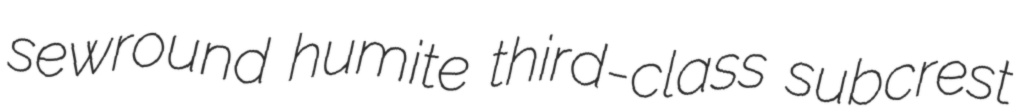
sewround humite third-class subcrest